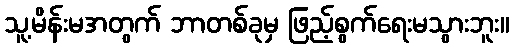
သူ့မိန်းမအတွက် ဘာတစ်ခုမှ ဖြည့်စွက်ရေးမသွားဘူး။